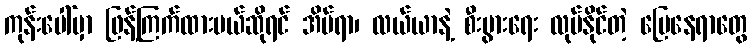
ကုန်းပေါ်မှာ ဖြန့်ကြက်ထားမယ်ဆိုရင် အိမ်ရာ၊ လယ်ယာနဲ့ စီးပွားရေး လုပ်နိုင်တဲ့ မြေနေရာတွေ